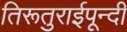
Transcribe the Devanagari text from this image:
तिरूतुराईपून्दी